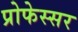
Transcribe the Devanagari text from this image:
प्रोफेस्सर